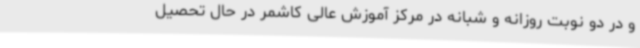
و در دو نوبت روزانه و شبانه در مرکز آموزش عالی کاشمر در حال تحصیل